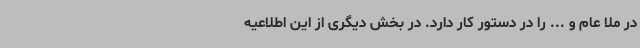
در ملا عام و ... را در دستور کار دارد. در بخش دیگری از این اطلاعیه